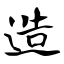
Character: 造